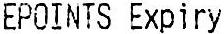
EPOINTS EXPIRY